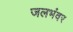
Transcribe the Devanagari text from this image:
जलभंवर